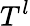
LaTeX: T^{l}